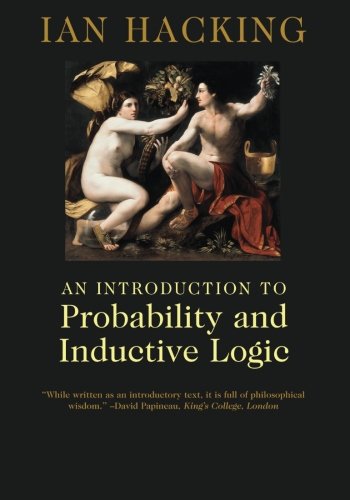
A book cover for An Introduction to Probability and Inductive Logic; Ian Hacking; Science & Math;